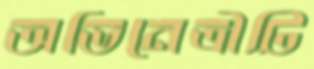
অভিনেত্রীটি